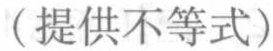
（提供不等式）